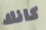
كانك